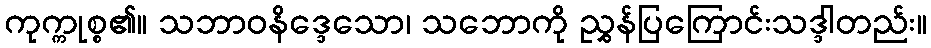
ကုက္ကုစ္စ၏။ သဘာဝနိဒ္ဒေသော၊ သဘောကို ညွှန်ပြကြောင်းသဒ္ဒါတည်း။